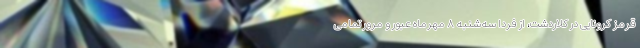
قرمز کرونایی در کلاردشت، از فردا سه‌شنبه ۸ مهرماه عبور و مرور تمامی